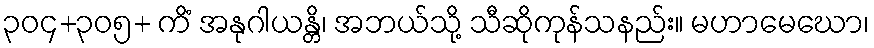
၃၀၄+၃၀၅+ ကိံ အနုဂါယန္တိ၊ အဘယ်သို့ သီဆိုကုန်သနည်း။ မဟာမေဃော၊